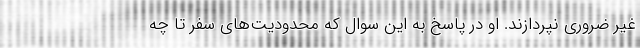
غیر ضروری نپردازند. او در پاسخ به این سوال که محدودیت‌های سفر تا چه